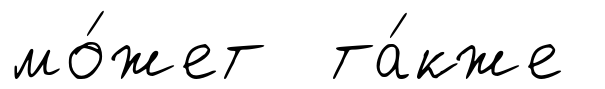
мо́жет та́кже